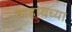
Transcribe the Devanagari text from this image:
वाहायच्या